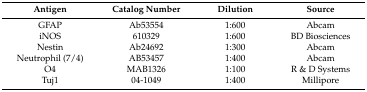
| Antigen | Catalog Number | Dilution | Source |
 | --- | --- | --- | --- |
 | GFAP | Ab53554 | 1:600 | Abcam |
 | iNOS | 610329 | 1:600 | BD Biosciences |
 | Nestin | Ab24692 | 1:300 | Abcam |
 | Neutrophil (7/4) | AB53457 | 1:400 | Abcam |
 | O4 | MAB1326 | 1:100 | R & D Systems |
 | Tuj1 | 04-1049 | 1:400 | Millipore |